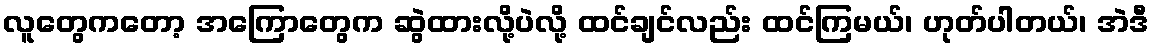
လူတွေကတော့ အကြောတွေက ဆွဲထားလို့ပဲလို့ ထင်ချင်လည်း ထင်ကြမယ်၊ ဟုတ်ပါတယ်၊ အဲဒီ